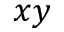
x y